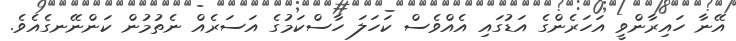
އޭނާ ހައިރާންވީ އަހަރެންގެ އަޑުގައި އެއްވެސް ކަހަލަ ހާސްކަމުގެ އަސަރެއް ނެތުމުން ކަންނޭނގެއެވެ.